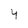
Character: 4